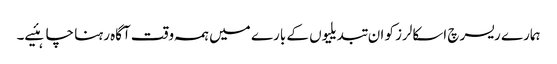
ہمارے ریسرچ اسکالرز کو ان تبدیلیوں کے بارے میں ہمہ وقت آگاہ رہنا چاہئیے۔